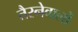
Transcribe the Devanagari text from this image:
तैरनेवालों